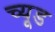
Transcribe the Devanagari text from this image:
च्यूड